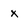
Character: x